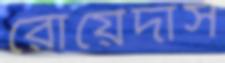
রোয়েদাস